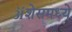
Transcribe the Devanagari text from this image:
ॲशेसमध्ये